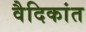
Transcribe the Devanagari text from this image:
वैदिकांत